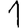
Digit: 1